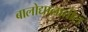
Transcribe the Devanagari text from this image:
बालोद्यानातील